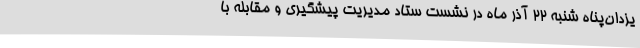
یزدان‌پناه شنبه 22 آذر ماه در نشست ستاد مدیریت پیشگیری و مقابله با